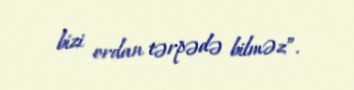
bizi ordan tərpədə bilməz”.